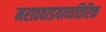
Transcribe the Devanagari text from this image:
मराठवाडयाव्यतिरिक्त